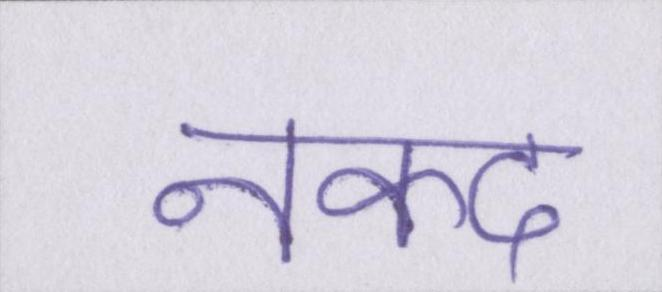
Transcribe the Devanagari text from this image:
नकद